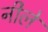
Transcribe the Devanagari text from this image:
नीले